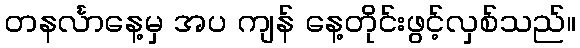
တနင်္လာနေ့မှ အပ ကျန် နေ့တိုင်းဖွင့်လှစ်သည်။